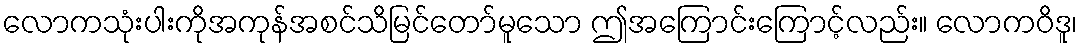
လောကသုံးပါးကိုအကုန်အစင်သိမြင်တော်မူသော ဤအကြောင်းကြောင့်လည်း။ လောကဝိဒူ၊